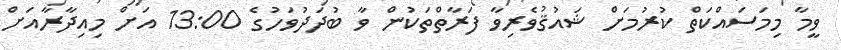
ވީމާ މިމަސައްކަތް ކުރުމަށް ޝައުޤުވެރިވާ ފަރާތްތަކުން ވާ ބުދަދުވަހުގެ 13:00 އަށް މިއިދާރާއަށް